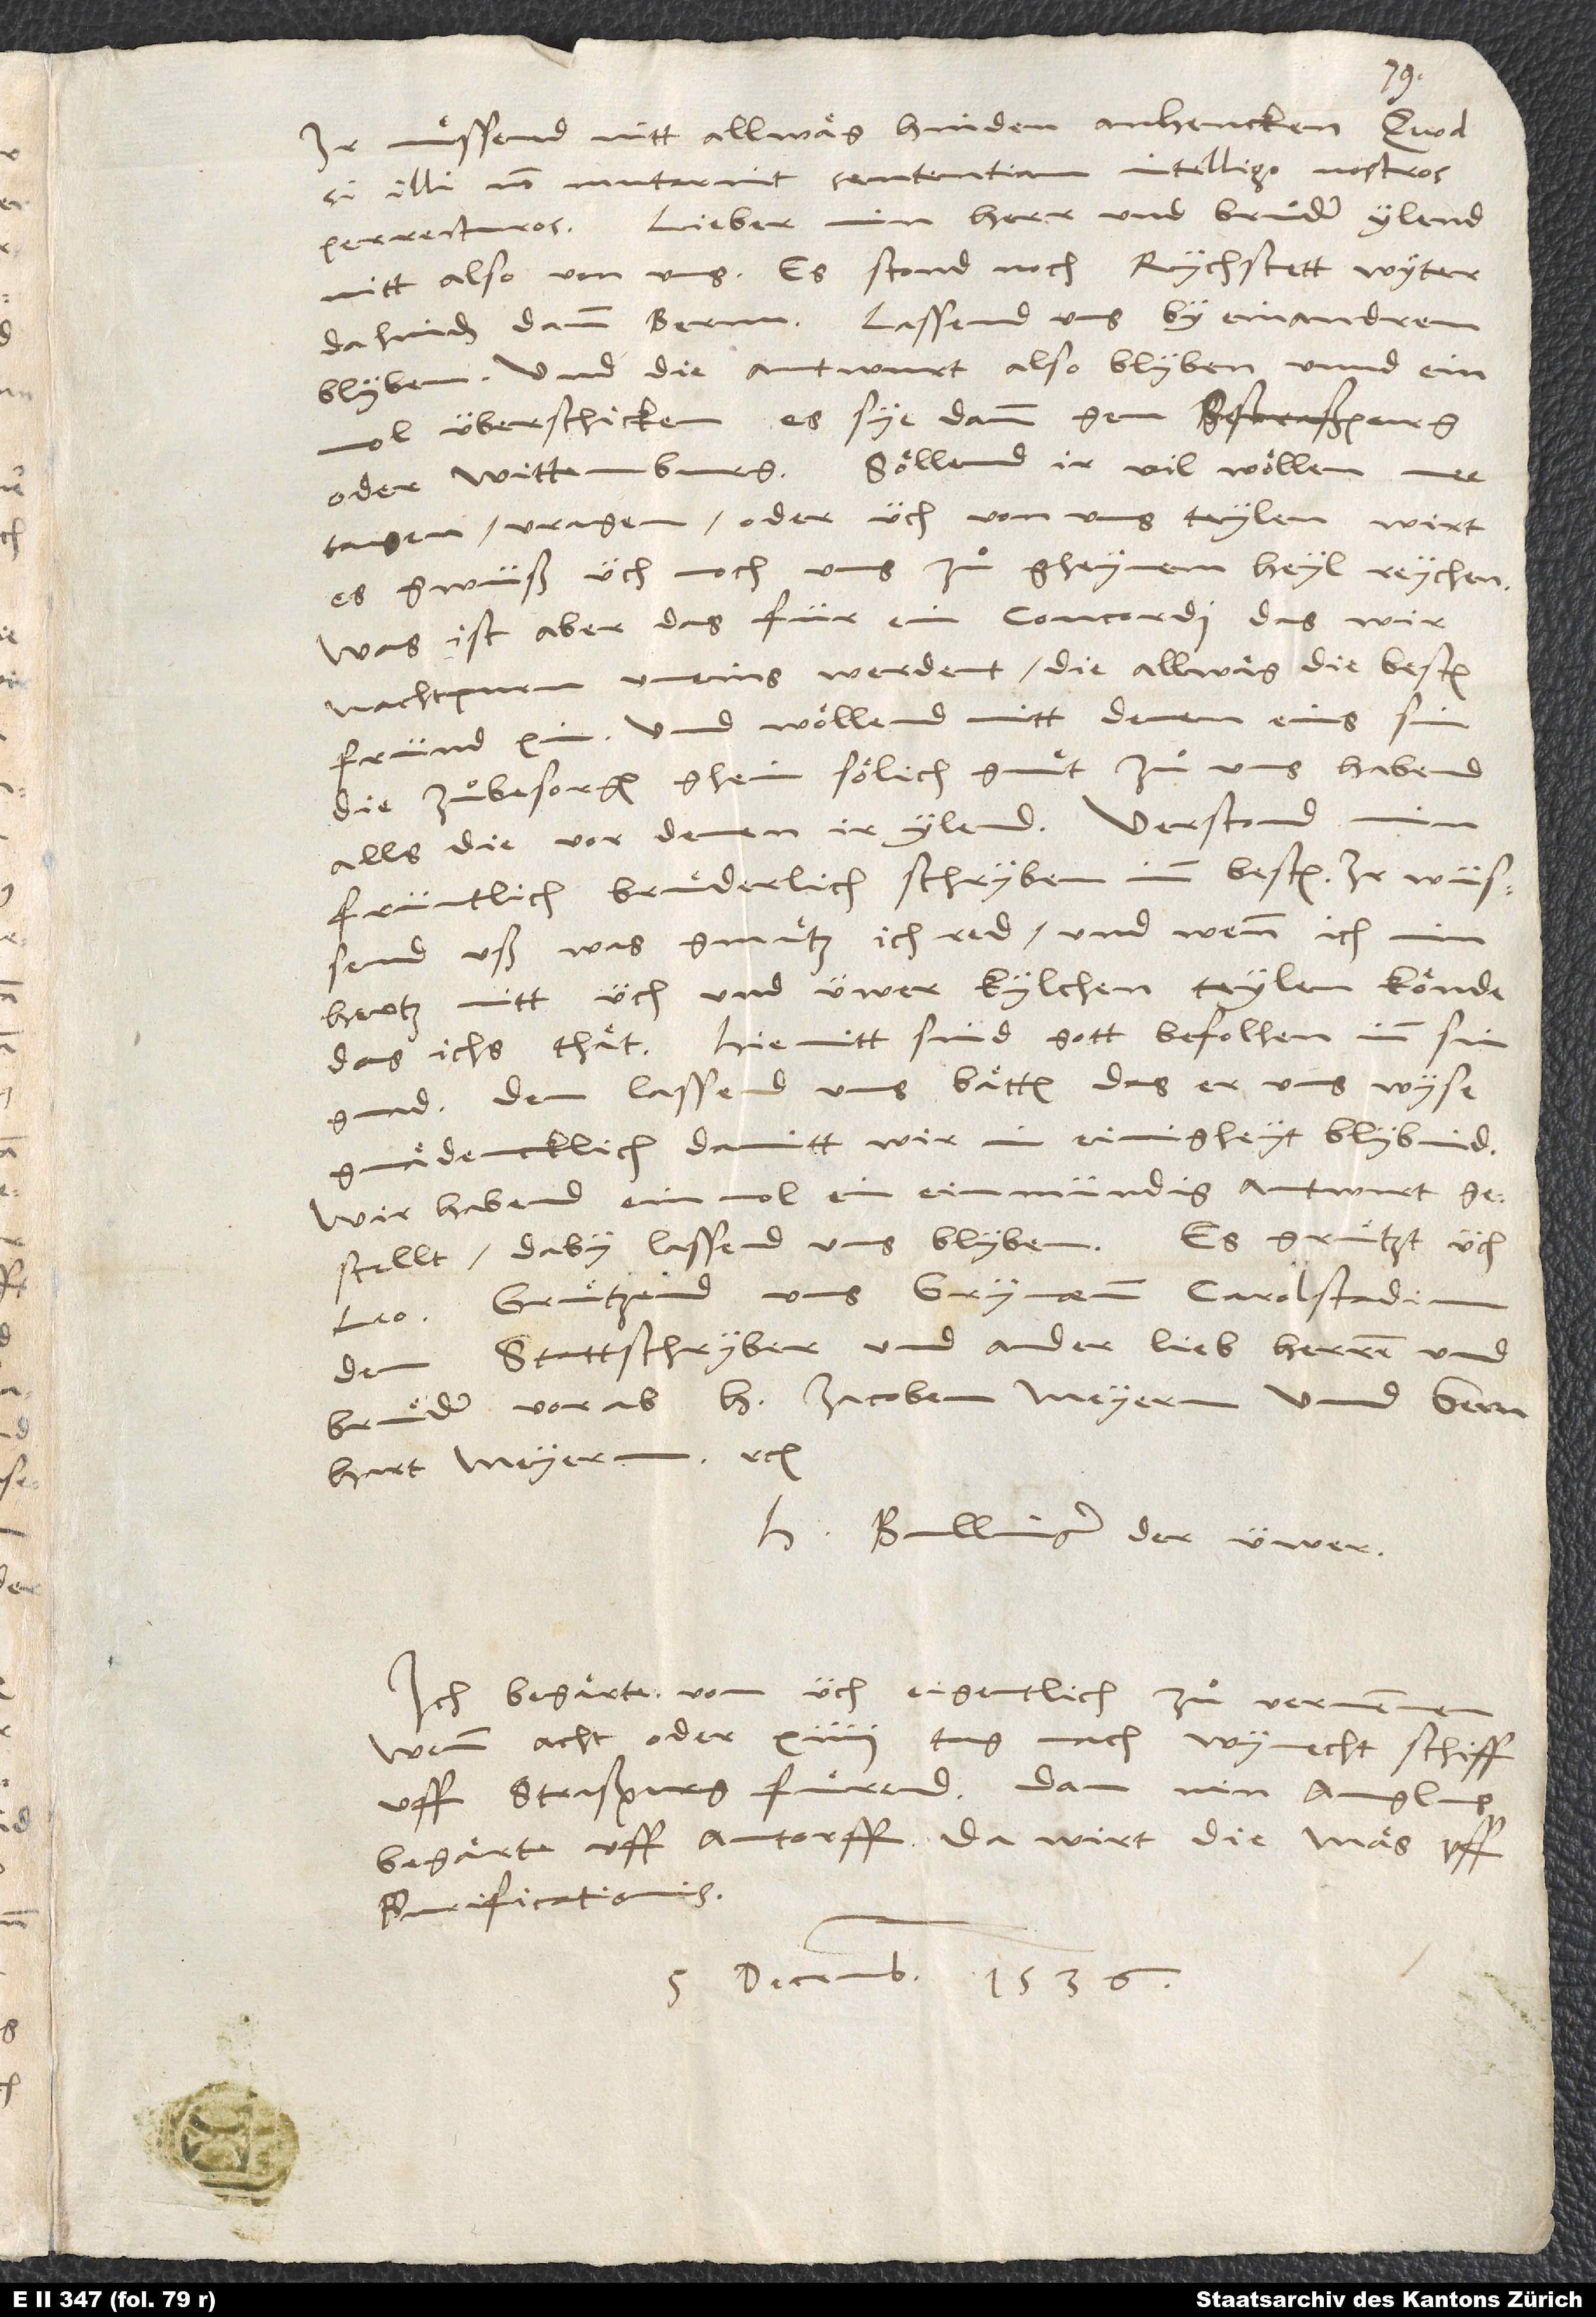
Ir muͤssend nitt allwäg binden anhencken: "Quodsi
illi non mutarint sententiam, intelligo nostros
perrecturos. "Lieber, min herr und bruder, ylend
nitt also von uns. Es stond noch rychstett wyter
dahinden dann Bernn. Lassend uns by einandren
blyben und die antwurt also blyben unnd ein
mol überschicken, es sye dann gen Straßpurg
oder Wittemburg. Söllend ir vil wollen mee
tagen, vragen oder üch von uns teylen, wirt
es gwüß üch noch uns za gheynem heyl reychen.
Was ist aber das für ein concordi, das wir
nachtpuren uneins werdent, die allwäg die besten
fründ xin und wollend mitt denen ems sin,
die zubesorgen ghein sölich gmuͤt zu uns habend
früntlich, bruͤderlich schryben imm besten. Ir wüssend,
uß was gmuͤtz ich red, und wenn ich min
hertz mit üch und üwer kylchen teylen könde,
das ichs thät. Hiemitt sind gott befolhen inn sin
gnad. Den lassend uns bätten, das er uns wyse
gnädencklich, damitt wir in einigheyt blybind.
Wir habend einmol ein einmündig antwurt
gestellt, daby lassend uns blyben. Es gruͤtzt üch
Leo. Grützend uns Grynaeum, Carolstadium,
den stattschryber und ander lieb herren und
bruͤder, vorab h Jacoben Meyern und Bernhart
H. Bullinger, der üwer.
Ich begärte von üch eigentlich zu vernemmen,
wenn acht oder 14 tag nach wynecht schiff
uff Straßpurg fuͤrend. Dan min Anglus
begärte uff Antorff. Da wirt die mäs uff
purificationis.
5. decembris 1536.